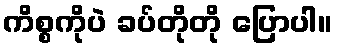
ကိစ္စကိုပဲ ခပ်တိုတို ပြောပါ။